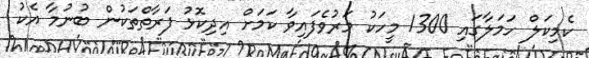
ކެމިކަލް ހަމަލާގައި 1300 މީހަކު މަރުވެފައިވާ ކަމަށް އިދިކޮޅު ފަރާތްތަކުން ބުނުމާ އެކު